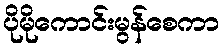
ပိုမိုကောင်းမွန်စေကာ